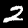
Digit: 2